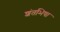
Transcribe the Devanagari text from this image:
शंतभिषा